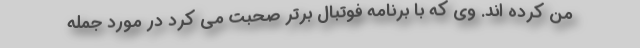
من کرده اند. وی که با برنامه فوتبال برتر صحبت می کرد در مورد جمله